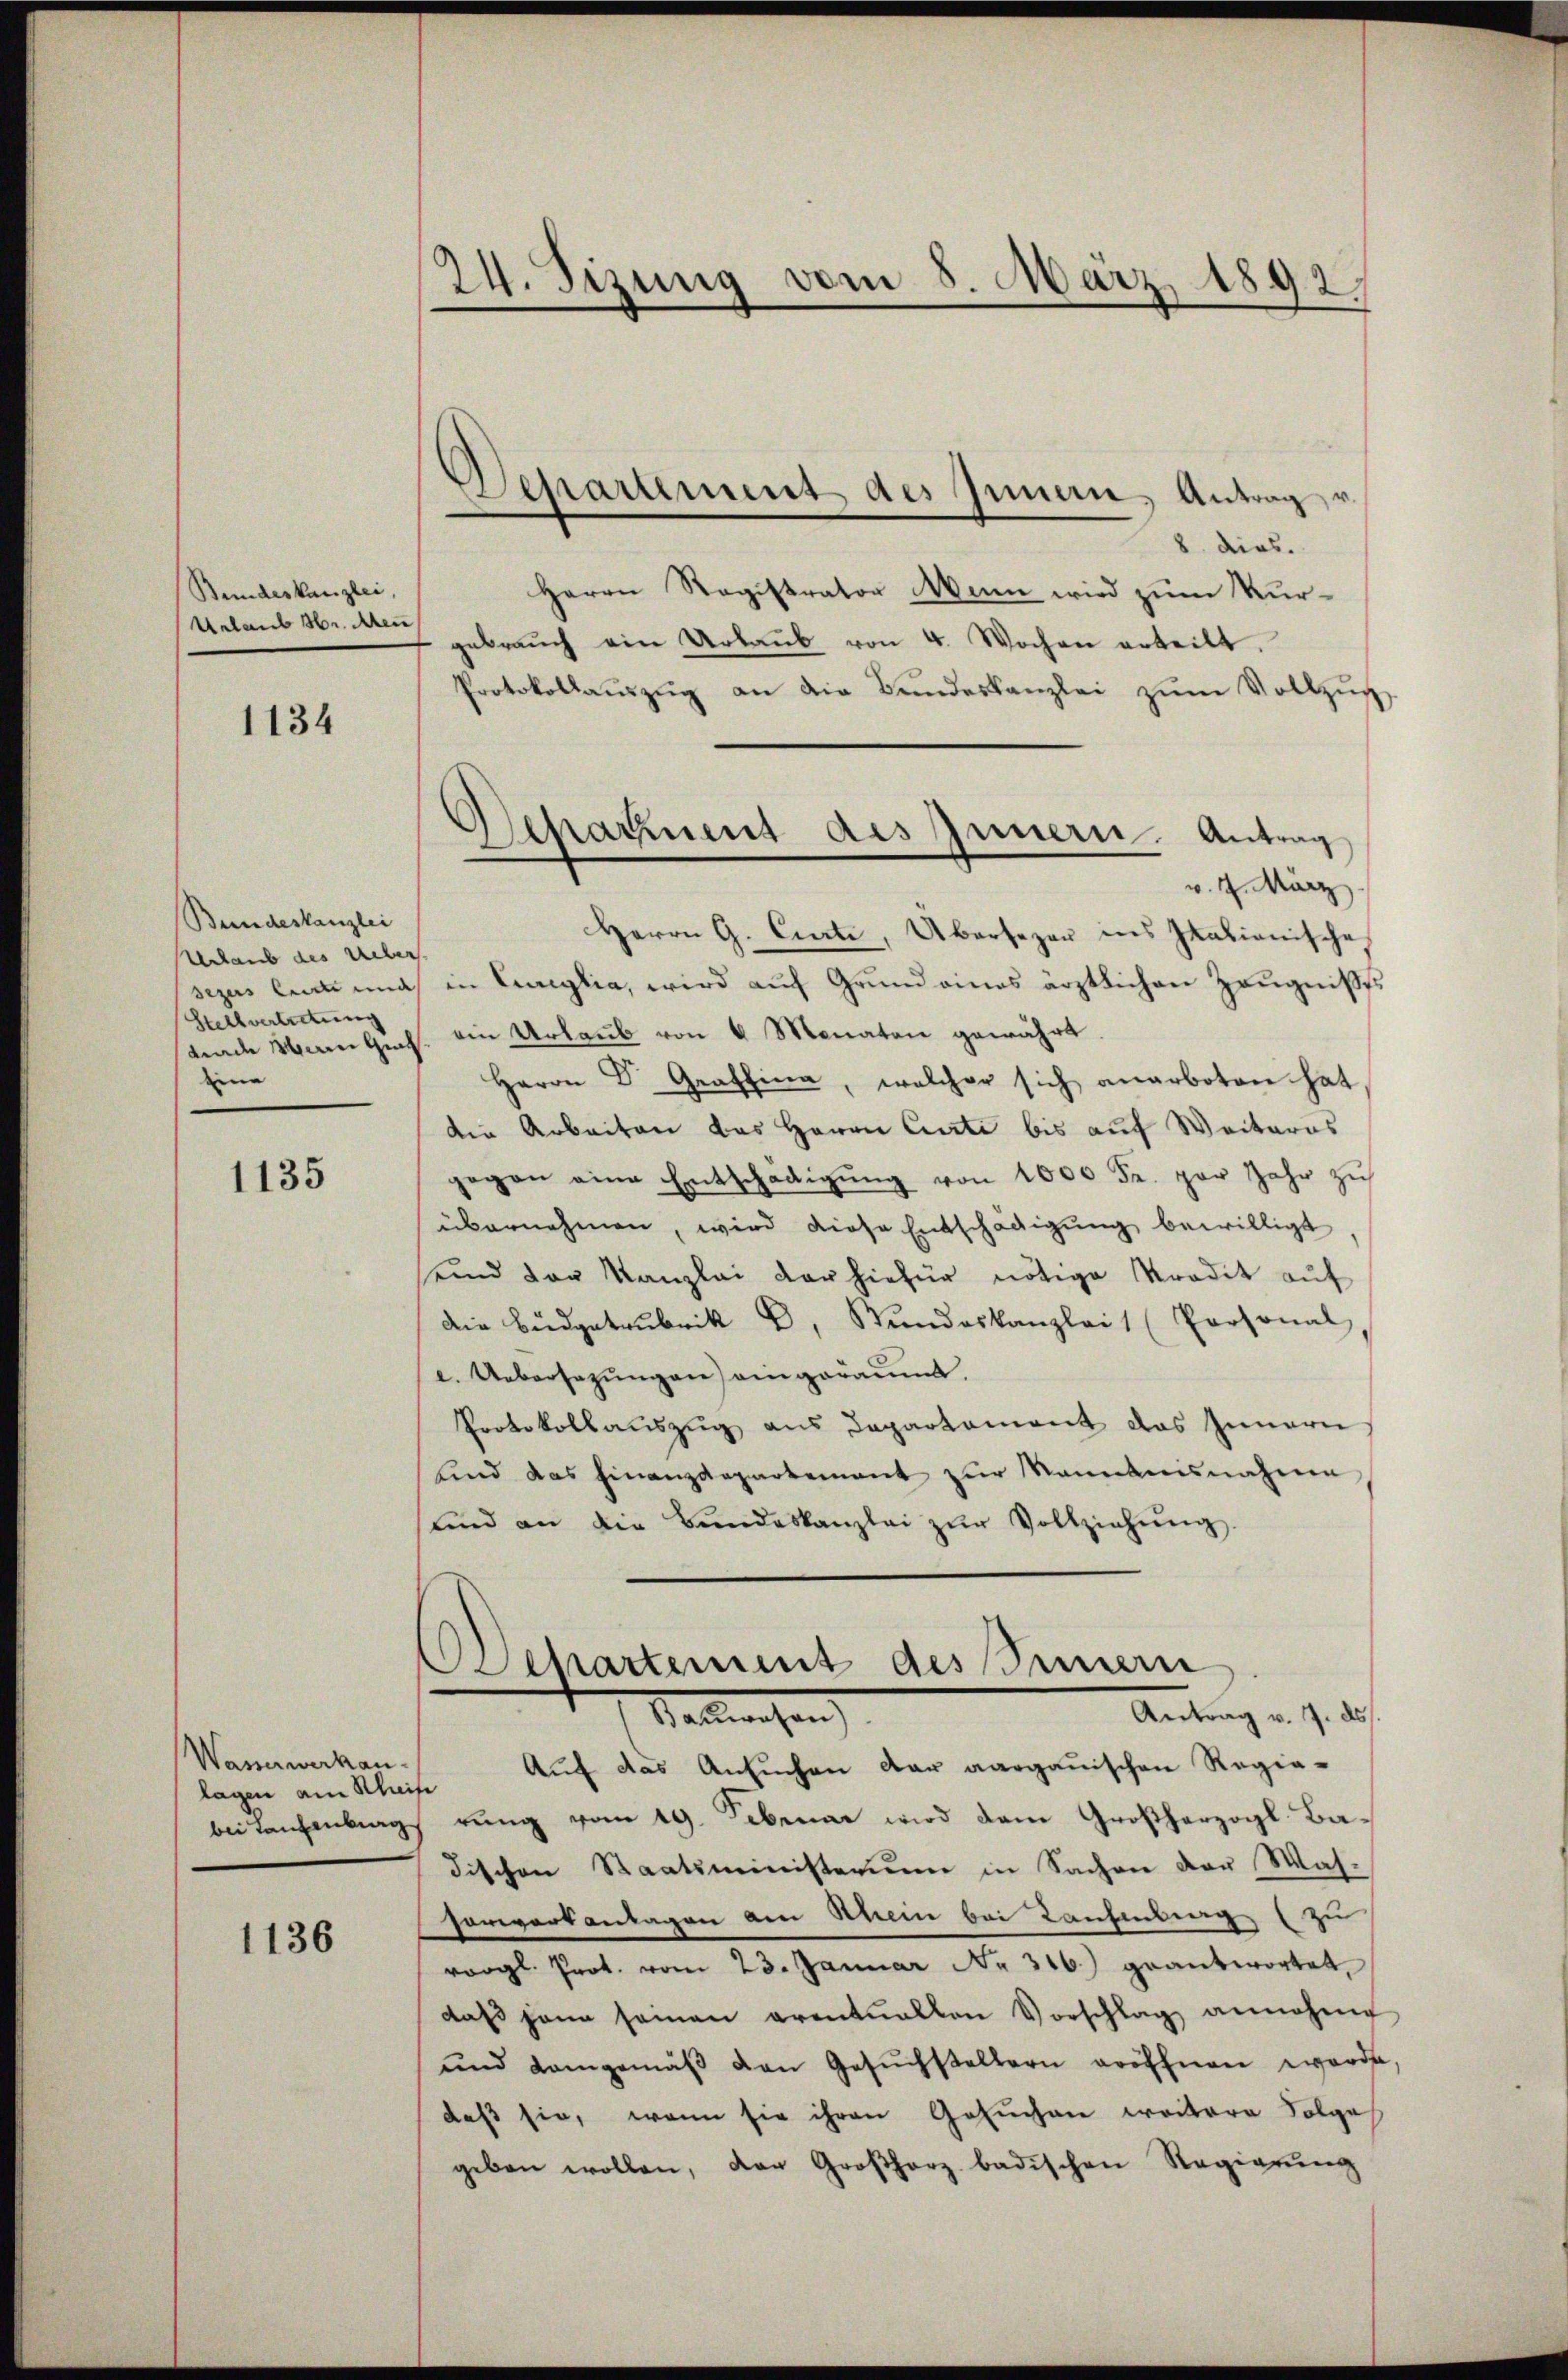
Bundeskanzlei,
Urlaub Hr. Men

1134

Bundeskanzlei
Urlaub des Ueber.
Sezus leiste und
Stellvertretung
eine

1135

Wasserwerkau
lagen am Schreife

1136

24. Sizung vom 8. März 1892.

Separtement des Innern, Antrag

Scharnent des Innern. Antrag

8 dies.
Herrn Registrator Mann wird zum Kurgebraŭch ein Urlaŭb von 4 Wochen erteilt.
Protokollaŭszŭg an die Bŭndeskanzlei zŭm Vollzŭg
v. 7. März
Herrn G. Curti, Übersezer ins Italionische
in Lureglia, wird auf Grund eines ärztlichen Zeugnißes
nade verbuch. ein Urlaub von 6 Monaten gewährt.
Herrn Dr. Graffina, welcher sich anerboten hat
die Arbeiten das Herrn Curti bis auf Weiteres
gegen eine Entschädigŭng von 1000 Fr. per Jahr zu
übernehmen, wird diese Entschädigung bewilligt
uind der Kanzlei der hiefür nötige Kredit auf
die Büdgetrubrik B. Stundeskanzlei (Personal
e. Uebersezungen eingeräumt.
Protokollauszug aus Departament das Innern
lind das Finanzdepartement zur Nomanisnahme
und an die Bŭndeskanzlei zŭr Vollziehŭng.
Departement des Innern
Antrag v. 7. ds.
Valleichen
Auf das Ansuchen der aargauischen Regie-
bei Laufentrag rung vom 19. Februar wird dem Großherzogl. Badischen Staatsministerium in Sachen der Wah-
Vorwortantagen am Rhein bei Kaufmung, zu
voogl. Prot. vom 23. Januar Nr. 316.) geantwortet,
daβ jana seinen eventuallen Vorschlag annehme
und demgemäβ den Gesŭchstellern eröffnen worde
daß sie, wenn sie ihren Gesuchen weitere Folge
geben wollen, der Großherz badischen Regierung